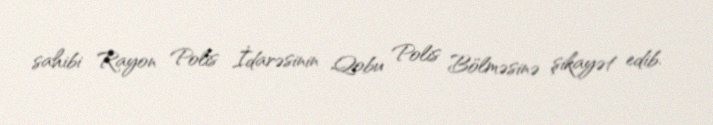
sahibi Rayon Polis İdarəsinin Qobu Polis Bölməsinə şikayət edib.